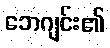
ဘေဂျင်း၏